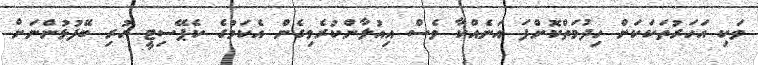
ވަކި އަހަރުތަކަކަށް ހިދުމަތްކޮށްފަ އަނެއްކާ ވެސް އިއުލާންކުރެވިގެން އެކަމުގެ ކެޕޭސިޓީ ހުރި ބޭފުޅުންނަށް